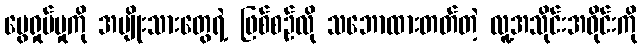
ပွေရှုပ်မှုကို အမျိုးသားတွေရဲ့ ဖြစ်စဉ်လို သဘောထားတတ်တဲ့ လူ့အသိုင်းအဝိုင်းကို